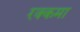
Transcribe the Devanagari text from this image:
रक्कमा